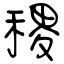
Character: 稷